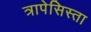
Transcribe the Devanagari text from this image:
त्रापेसिस्ता